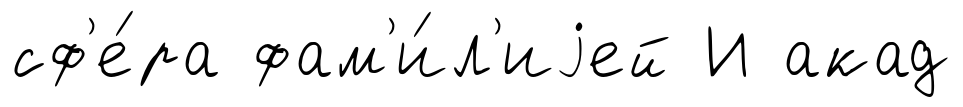
сф'е́ра фам'и́л'иjей И акад